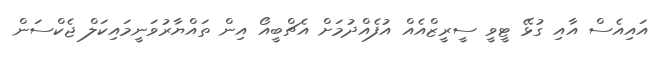
އައިއެސް އާއި ގުޅޭ ޓީވީ ސީރީޒްއެއް އުފެއްދުމަށް އެޗްބީއޯ އިން ތައްޔާރުވަނީމައިކަލް ޖެކްސަން